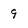
Character: 9